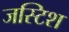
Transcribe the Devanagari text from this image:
जस्टिश